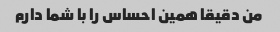
من دقیقا همین احساس را با شما دارم